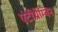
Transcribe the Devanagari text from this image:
एंटीथ्रोम्बिन